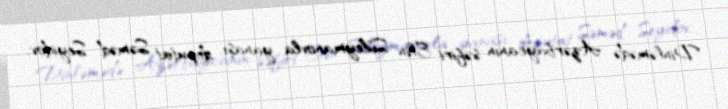
Dinləmədə Azərbaycanın səfiri Elin Süleymanovla yanaşı, deputat Səməd Seyidov,